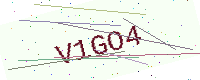
Text: V1GO4